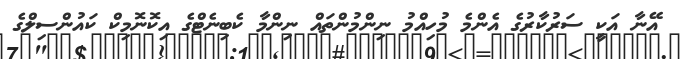
އޭނާ އަކީ ސަރުކާރުގެ އެންމެ މުހިއްމު ނިންމުންތައް ނިންމާ ކެބިނެޓްގެ އިކޮނޮމިކް ކައުންސިލްގެ